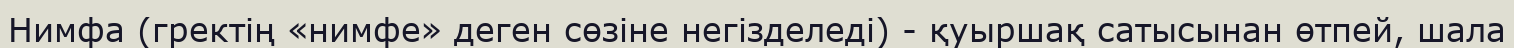
Нимфа (гректің «нимфе» деген сөзіне негізделеді) - қуыршақ сатысынан өтпей, шала